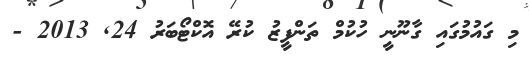
މި ގައުމުގައި ގާނޫނީ ހުކުމް ތަންފީޒު ކުރޭ އޮކްޓޯބަރު 24